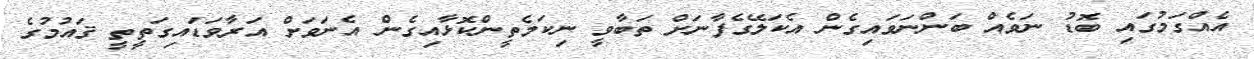
އެއްގަމުގައި ބޮޑު ނަވެއް ބަންނަވައިގެން އެކަލޭގެފާނަށް ތަބާވީ ނިކަމެތީންކޮޅާއިގެން އެނަވަށް އަރާވަޑައިގަތީތީ ޤައުމުގެ